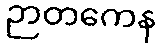
ဉာတကေန